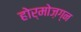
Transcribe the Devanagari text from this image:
होर्मोज़ग्न